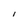
Character: I